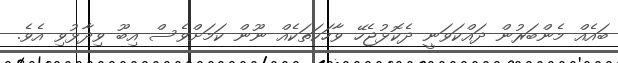
ބައެއް މެންބަރުން ދައްކަވަނީ ދެކޮޅުޖެހޭ ވާހަކަތަކެއް ނޫން ކަމަށްވެސް އިބޫ ވިދާޅުވި އެވެ.